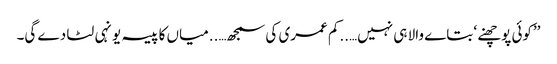
’’کوئی پوچھنے ‘ بتاے والا ہی نہیں…..کم عمری کی سمجھ…..میاں کا پیسہ یونہی لٹا دے گی۔